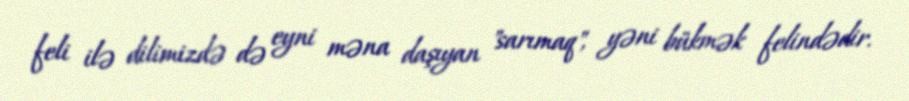
feli ilə dilimizdə də eyni məna daşıyan "sarımaq", yəni bükmək felindədir.